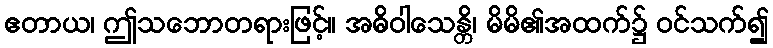
ဧတာယ၊ ဤသဘောတရားဖြင့်။ အဓိဝါသေန္တိ၊ မိမိ၏အထက်၌ ဝင်သက်၍